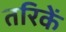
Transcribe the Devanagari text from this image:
तरिकें